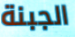
الجبنة